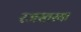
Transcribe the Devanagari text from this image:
रजस्तस्या